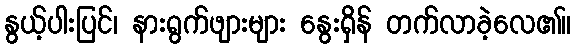
နွယ့်ပါးပြင်၊ နားရွက်ဖျားများ နွေးရှိန် တက်လာခဲ့လေ၏။